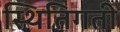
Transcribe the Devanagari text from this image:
स्थितिगती